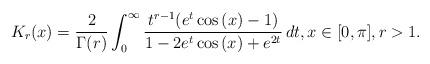
LaTeX: \begin{align*}K_r(x)=\frac{2}{ \Gamma(r)}\int_0^\infty \frac{t^{r-1}(e^t\cos\left(x\right)-1)}{1-2e^t\cos\left(x\right)+e^{2t}}\,dt,x\in [0,\pi],r>1.\end{align*}